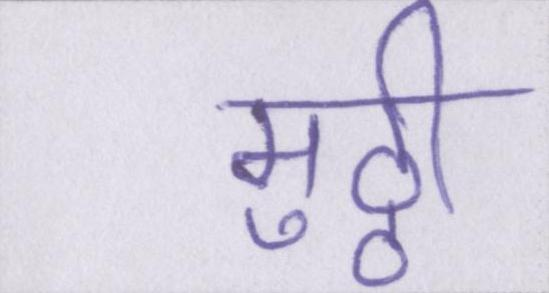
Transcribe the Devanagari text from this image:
मुठ्ठी